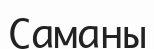
Саманы